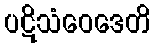
ပဋိသံဝေဒေတိ